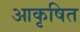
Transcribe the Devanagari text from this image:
आकृषित